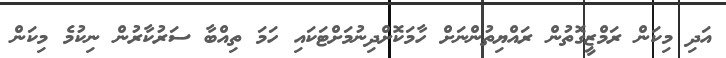
އަދި މިކަން ރަމްޒީގޮތުން ރައްޔިތުންނަށް ހާމަކޮށްދިނުމަށްޓަކައި ހަމަ ތިއްބާ ސަރުކާރުން ނިކުމެ މިކަން